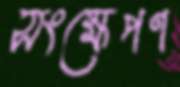
সংক্ষেপণ